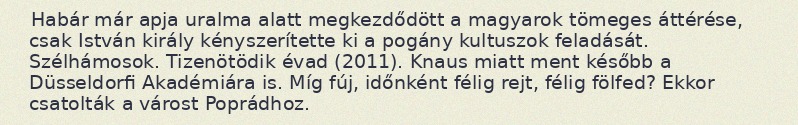
Habár már apja uralma alatt megkezdődött a magyarok tömeges áttérése, csak István király kényszerítette ki a pogány kultuszok feladását. Szélhámosok. Tizenötödik évad (2011). Knaus miatt ment később a Düsseldorfi Akadémiára is. Míg fúj, időnként félig rejt, félig fölfed? Ekkor csatolták a várost Poprádhoz.